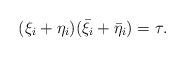
LaTeX: \begin{align*} (\xi_i+\eta_i)(\bar\xi_i+\bar\eta_i) = \tau.\end{align*}